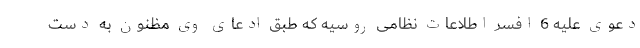
دعوی علیه 6 افسر اطلاعات نظامی روسیه که طبق ادعای وی مظنون به دست